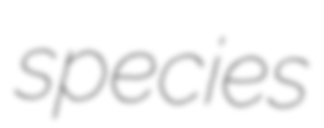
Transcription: species